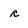
Character: r